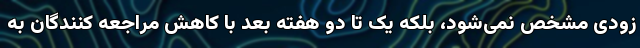
زودی مشخص نمی‌شود، بلکه یک تا دو هفته بعد با کاهش مراجعه کنندگان به